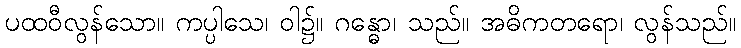
ပထဝီလွန်သော။ ကပ္ပါသေ၊ ဝါ၌။ ဂန္ဓော၊ သည်။ အဓိကတရော၊ လွန်သည်။